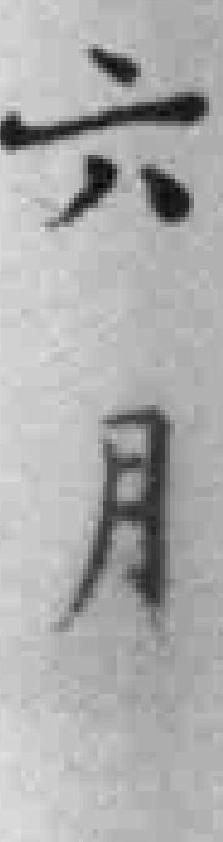
六月